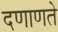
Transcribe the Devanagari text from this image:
दणाणते